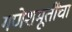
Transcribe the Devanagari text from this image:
गणेशमूर्तींचा